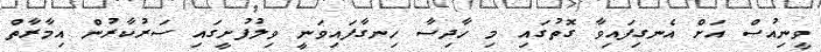
ވީނިއުސް އަށް އެނގިފައިވާ ގޮތުގައި މި ހާދިސާ ހިނގާފައިވަނީ ވިލުފުށީގައި ސަރުކާރުން އިމާރާތް